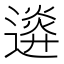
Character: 𨖉